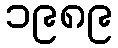
၁၉၈၉